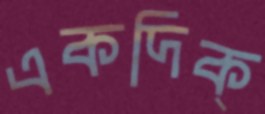
একদিক্‌